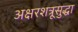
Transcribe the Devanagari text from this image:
अक्षरशत्रूसुद्धा